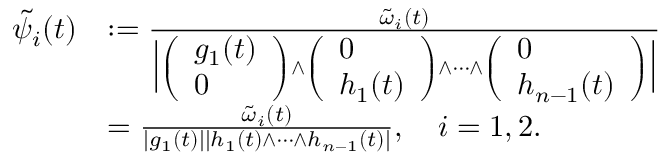
\begin{array} { r l } { \tilde { \psi } _ { i } ( t ) } & { : = \frac { \tilde { \omega } _ { i } ( t ) } { \Big | \left( \begin{array} { l } { g _ { 1 } ( t ) } \\ { 0 } \end{array} \right) \wedge \left( \begin{array} { l } { 0 } \\ { h _ { 1 } ( t ) } \end{array} \right) \wedge \dots \wedge \left( \begin{array} { l } { 0 } \\ { h _ { n - 1 } ( t ) } \end{array} \right) \Big | } } \\ & { = \frac { \tilde { \omega } _ { i } ( t ) } { | g _ { 1 } ( t ) | | h _ { 1 } ( t ) \wedge \dots \wedge h _ { n - 1 } ( t ) | } , \quad i = 1 , 2 . } \end{array}